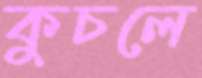
কুচলে